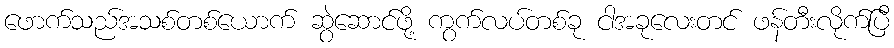
ဖောက်သည်အသစ်တစ်ယောက် ဆွဲဆောင်ဖို့ ကွက်လပ်တစ်ခု ငါအခုလေးတင် ဖန်တီးလိုက်ပြီ